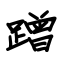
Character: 蹭